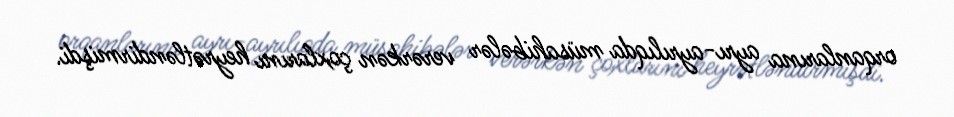
orqanlarına ayrı-ayrılıqda müsahibələr verərkən çoxlarını heyrətləndirmişdi.